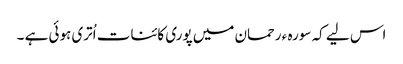
اس لیے کہ سورہ ء رحمان میں پوری کائنات اُتری ہوئی ہے ۔